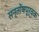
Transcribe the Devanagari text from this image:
सन्तोंषपूर्वक